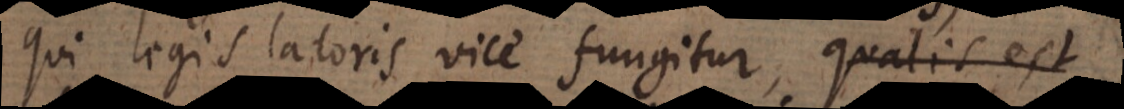
qui legislatoris vice fungitur, qualis est